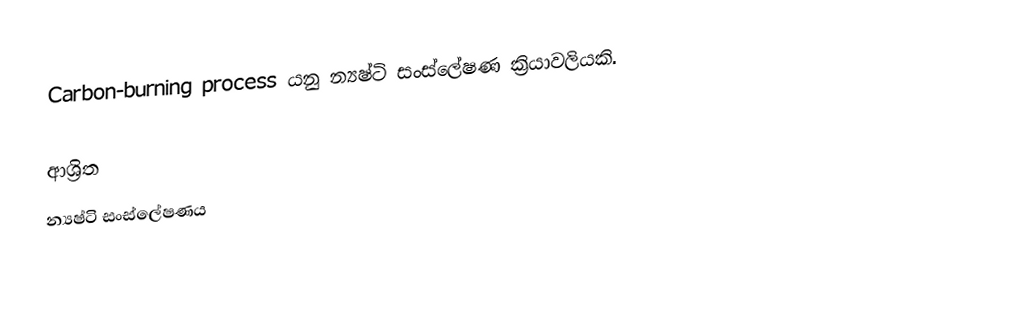
Carbon-burning process යනු න්‍යෂ්ටි සංස්ලේෂණ ක්‍රියාවලියකි.

ආශ්‍රිත
 න්‍යෂ්ටි සංස්ලේෂණය